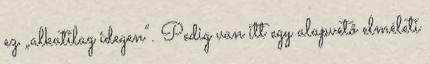
ez „alkatilag idegen”. Pedig van itt egy alapvető elméleti